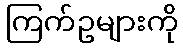
ကြက်ဥများကို